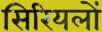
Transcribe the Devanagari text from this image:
सिरियलों